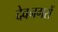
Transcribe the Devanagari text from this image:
देवनगरों